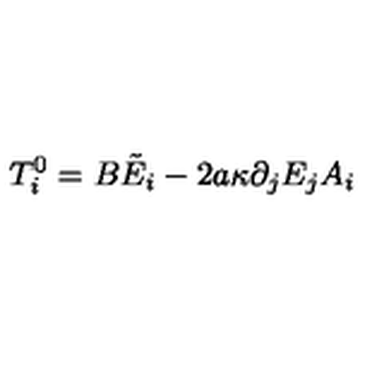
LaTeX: T _ { i } ^ { 0 } = B \tilde { E } _ { i } - 2 a \kappa \partial _ { j } E _ { j } A _ { i }